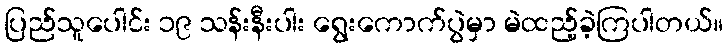
ပြည်သူပေါင်း ၁၉ သန်းနီးပါး ရွေးကောက်ပွဲမှာ မဲထည့်ခဲ့ကြပါတယ်။